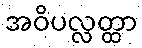
အဝိပလ္လတ္ထာ